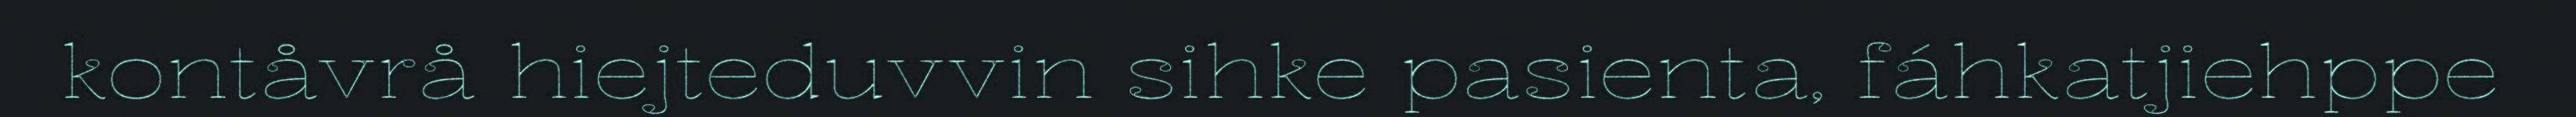
kontåvrå hiejteduvvin sihke pasienta, fáhkatjiehppe